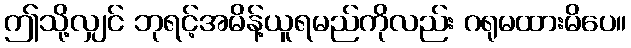
ဤသို့လျှင် ဘုရင့်အမိန့်ယူရမည်ကိုလည်း ဂရုမထားမိပေ။